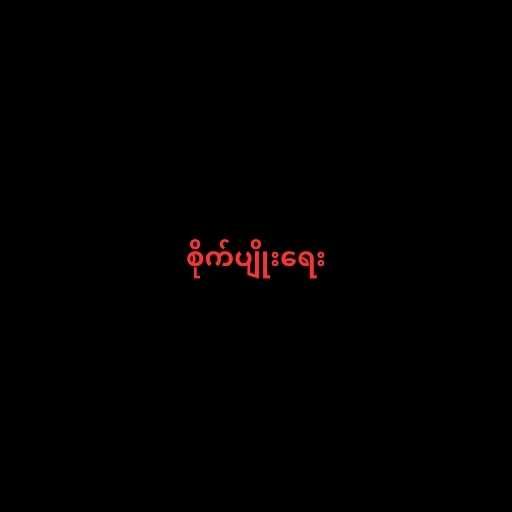
စိုက်ပျိုးရေး